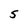
Character: S